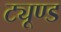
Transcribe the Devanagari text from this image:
ट्यूण्ड